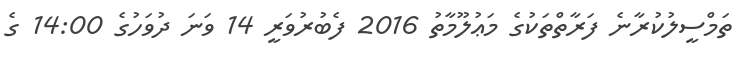
ތަމްސީލުކުރާނެ ފަރާތްތަކުގެ މަޢުލޫމާތު 2016 ފެބުރުވަރީ 14 ވަނަ ދުވަހުގެ 14:00 ގެ